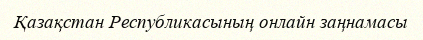
Қазақстан Республикасының онлайн заңнамасы